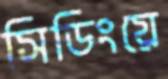
সিডিংয়ে